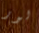
لور